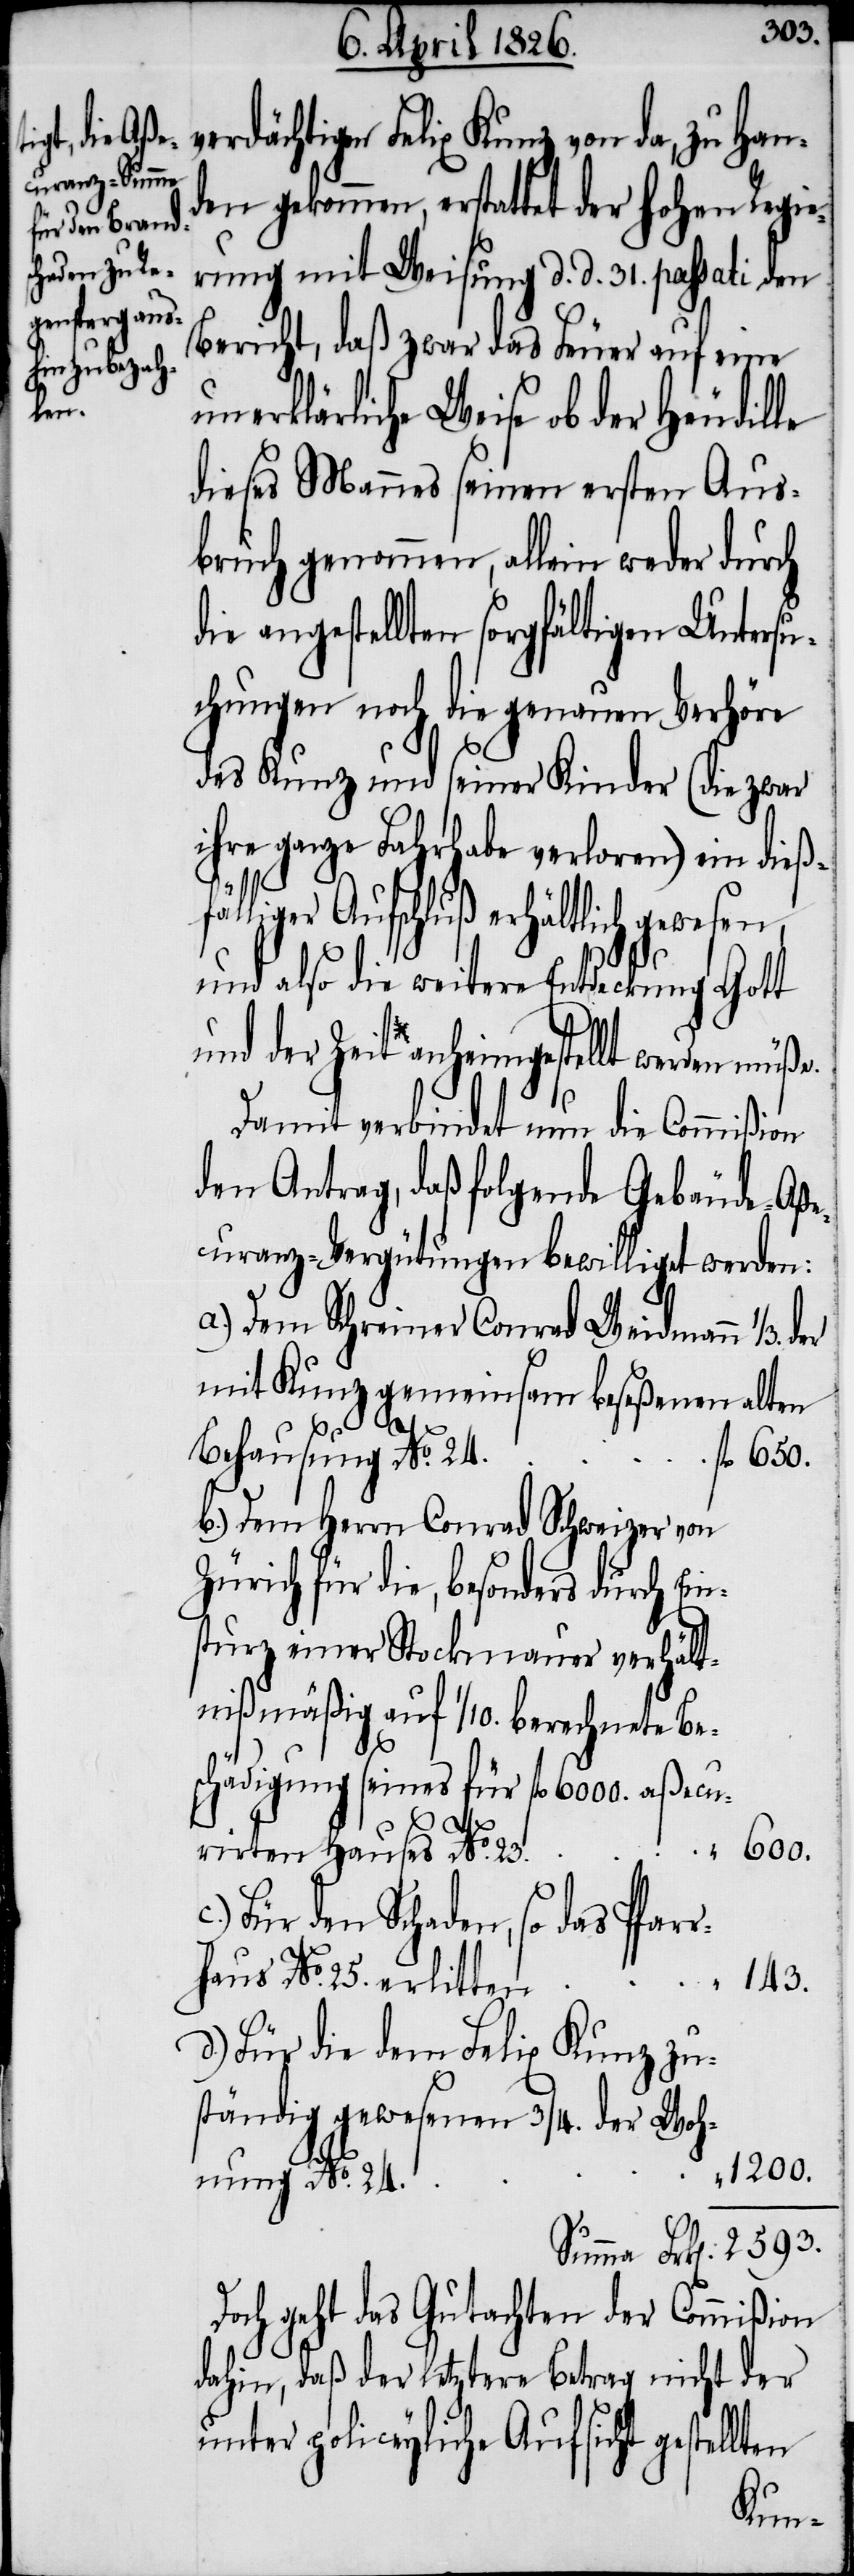
verdächtigen Felix Kunz von da, zu Han¬
den gekommen, erstattet der hohen Regie¬
rung mit Weisung d. d. 31. passati den
Bericht, daß zwar das Feuer auf eine
sen,
unerklärliche Weise ob der Heudille
dieses Mannes seinen ersten Aus¬
bruch genommen, allein weder durch
die angestellten sorgfältigen Untersu¬
chungen noch die genauen Verhöre
des Kunz und seiner Kinder (die zwar
ihre ganze Fahrhabe verloren) in dießfä¬
liger Aufschluß erhältlich gewe¬
und also die weitere Entdeckung Gott
und der Zeit anheimgestellt werden müße.
Damit verbindet nun die Commißion
den Antrag, daß folgende Gebäude-Aße¬
curanz-Vergütungen bewilliget werden:
a.) Dem Schreiner Conrad Weidmann 1/3. der
mit Kunz gemeinsam beseßenen alten
Behausung No. 24.
b.) Dem Herrn Conrad Schweizer von
Zürich für die, besonders durch Ein¬
sturz einer Stockmauer verhält¬
nißmäßig auf 1/10. berechnete Be¬
schädigung seines für fl. 6000. aßecu¬
600.
rirten Hauses No. 23.
Für den Schaden, so das Pfar¬
rhaus No. 25. erlitten
143.
d.) Für die dem Felix Kunz zu¬
ständig gewesenen 3/4. der Woh¬
1200.
nung No. 24.
Doch geht das Gutachten der Commißion
dahin, daß der letztere Betrag nicht der
unter policeyliche Aufsicht gestellten